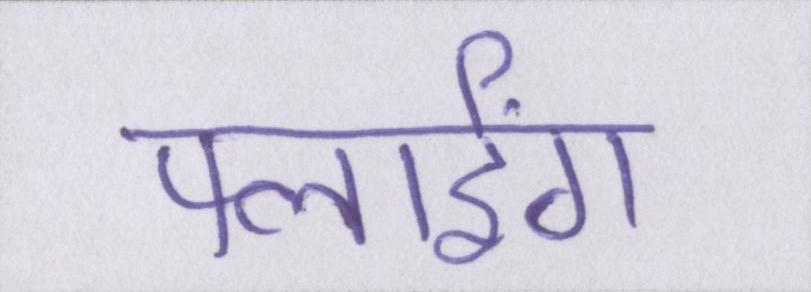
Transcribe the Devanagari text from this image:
फ्लाईंग